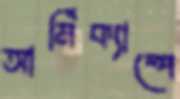
আর্মিক্যাম্পে